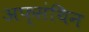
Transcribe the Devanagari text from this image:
अफ्संथिन